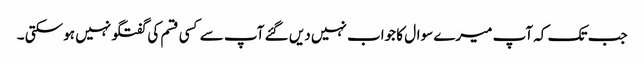
جب تک کہ آپ میرے سوال کا جواب نہیں دیں گئے آپ سے کسی قسم کی گفتگو نہیں ہو سکتی ۔